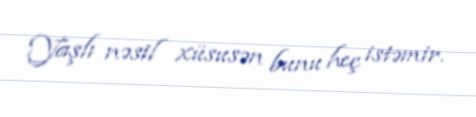
Yaşlı nəsil xüsusən bunu heç istəmir.